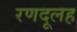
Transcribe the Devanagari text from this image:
रणदूलह